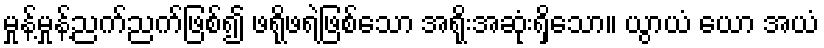
မှုန့်မှုန့်ညက်ညက်ဖြစ်၍ ဖရိုဖရဲဖြစ်သော အရိုးအဆုံးရှိသော။ ယွာယံ ယော အယံ